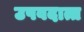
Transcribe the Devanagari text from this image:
उषवदात्त